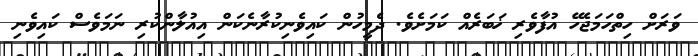
ވަރަށް ހިތްހަމަޖެހޭ އުފާވެރި ޚަބަރެއް ކަމަށެވެ. ދެމީހުން ކައިވެނިކުރާނެކަން އިއުލާންކުރި ނަމަވެސް ކައިވެނި